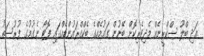
އަދި ބްލޫ ސްކްރީނެއް މެދިވެރިކޮށް ބޭނުން ގައުމެއްގެ ބެކްގްރައުންޑެއްގައި ފޮޓޯ ނެގުމުގެ ފުރުސަތު